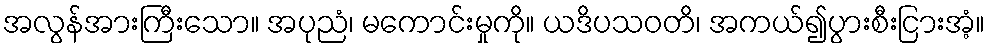
အလွန်အားကြီးသော။ အပုညံ၊ မကောင်းမှုကို။ ယဒိပသဝတိ၊ အကယ်၍ပွားစီးငြားအံ့။